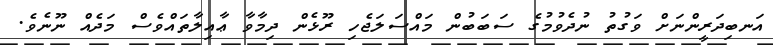
އަނބިދަރީންނަށް ވަގުތު ނުދެވުމުގެ ސަބަބުން މައްސަލަޖެހި ރޫޅެން ދިމާވާ ޢާއިލާތައްވެސް މަދެއް ނޫނެވެ.